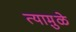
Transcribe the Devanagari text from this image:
त्यामु़ळे